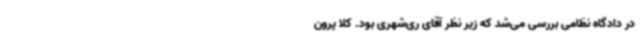
در دادگاه نظامی بررسی می‌شد که زیر نظر آقای ری‌شهری بود. کلا پرون